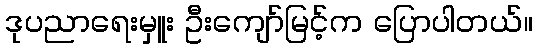
ဒုပညာရေးမှူး ဦးကျော်မြင့်က ပြောပါတယ်။